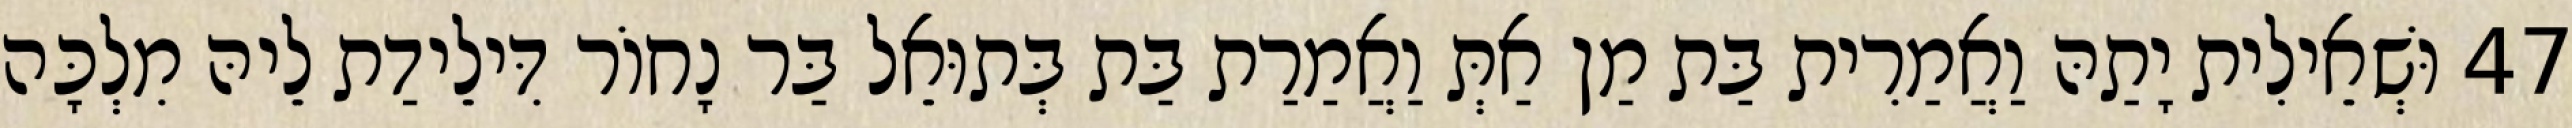
47 וּשְׁאֵילִית יָתַהּ וַאֲמַרִית בַּת מַן אַתְּ וַאֲמַרַת בַּת בְּתוּאֵל בַּר נָחוֹר דִּילֵידַת לֵיהּ מִלְכָּה